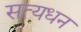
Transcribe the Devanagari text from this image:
सत्यधन